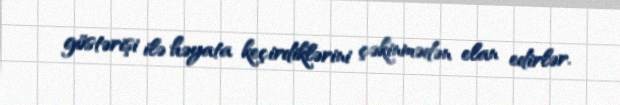
göstərişi ilə həyata keçirdiklərini çəkinmədən elan edirlər.